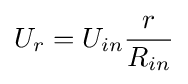
U_{r}=U_{in}{\frac {r}{R_{in}}}